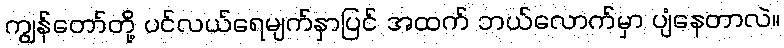
ကျွန်တော်တို့ ပင်လယ်ရေမျက်နှာပြင် အထက် ဘယ်လောက်မှာ ပျံနေတာလဲ။